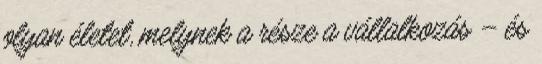
olyan életet, melynek a része a vállalkozás – és